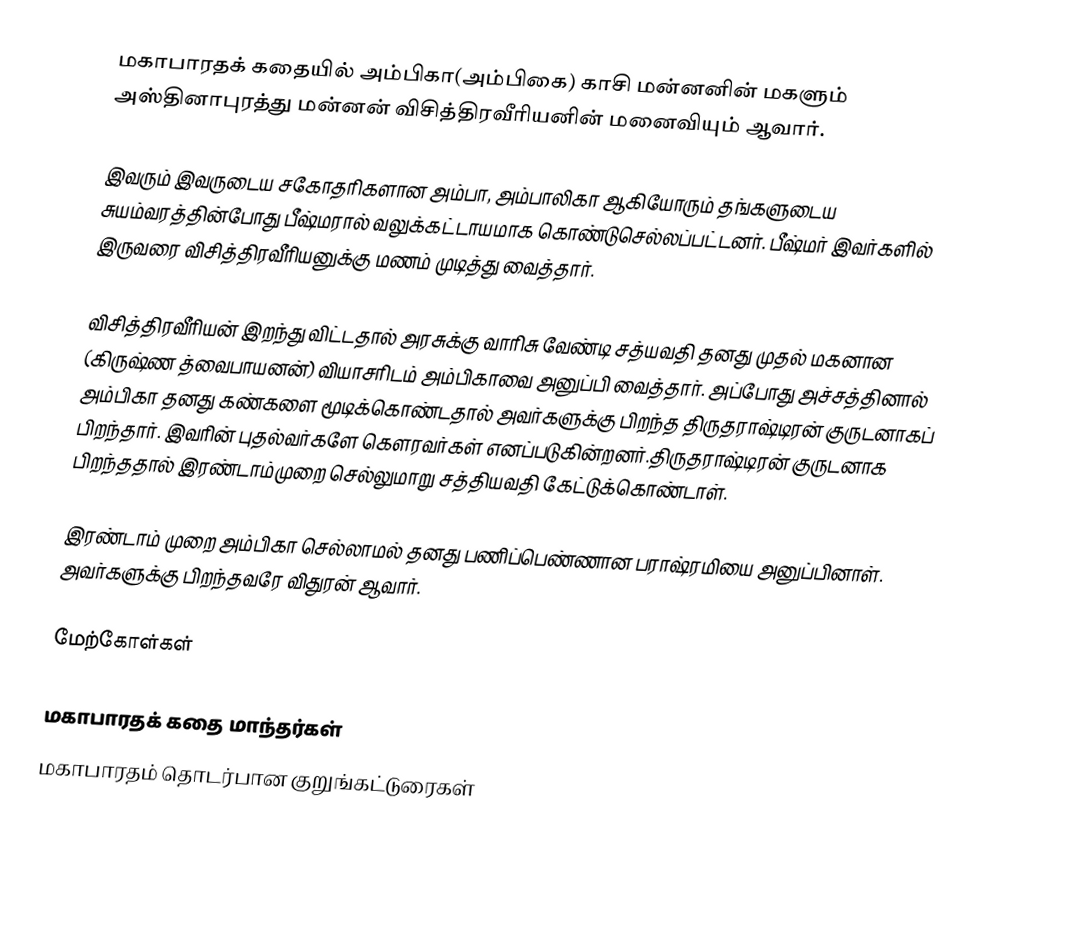
மகாபாரதக் கதையில் அம்பிகா(அம்பிகை) காசி மன்னனின் மகளும் அஸ்தினாபுரத்து மன்னன் விசித்திரவீரியனின் மனைவியும் ஆவார்.

இவரும் இவருடைய சகோதரிகளான அம்பா, அம்பாலிகா ஆகியோரும் தங்களுடைய சுயம்வரத்தின்போது பீஷ்மரால் வலுக்கட்டாயமாக கொண்டுசெல்லப்பட்டனர். பீஷ்மர் இவர்களில் இருவரை விசித்திரவீரியனுக்கு மணம் முடித்து வைத்தார்.

விசித்திரவீரியன் இறந்து விட்டதால் அரசுக்கு வாரிசு வேண்டி சத்யவதி தனது முதல் மகனான (கிருஷ்ண த்வைபாயனன்) வியாசரிடம் அம்பிகாவை அனுப்பி வைத்தார். அப்போது அச்சத்தினால் அம்பிகா தனது கண்களை மூடிக்கொண்டதால் அவர்களுக்கு பிறந்த திருதராஷ்டிரன் குருடனாகப் பிறந்தார். இவரின் புதல்வர்களே கௌரவர்கள் எனப்படுகின்றனர்.திருதராஷ்டிரன் குருடனாக பிறந்ததால் இரண்டாம்முறை செல்லுமாறு சத்தியவதி கேட்டுக்கொண்டாள்.

இரண்டாம் முறை அம்பிகா செல்லாமல் தனது பணிப்பெண்ணான பராஷ்ரமியை அனுப்பினாள். அவர்களுக்கு பிறந்தவரே விதுரன் ஆவார்.

மேற்கோள்கள்

மகாபாரதக் கதை மாந்தர்கள்
மகாபாரதம் தொடர்பான குறுங்கட்டுரைகள்